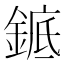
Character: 𬫩